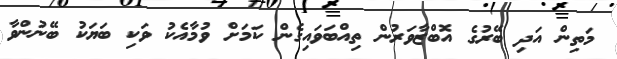
މަތިން އަދި ބޭރުގެ އޮބްޒާވަރުން ތިއްބަވައިގެން ކަމަށް ވުމާއެކު ވަކި ބަޔަކު ބޭނުންވާ